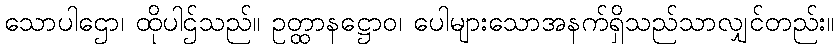
သောပါဌော၊ ထိုပါဌ်သည်။ ဥတ္ထာနဋ္ဌောဝ၊ ပေါများသောအနက်ရှိသည်သာလျှင်တည်း။